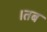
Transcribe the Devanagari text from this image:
।तब